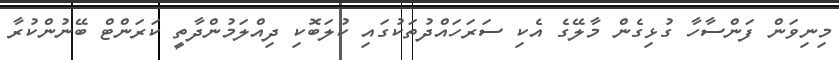
މިނިވަން ފަންސާހާ ގުޅިގެން މާލޭގެ އެކި ސަރަހައްދުތަކުގައި ކުލަބޮކި ދިއްލަމުންދާތީ ކަރަންޓް ބޭނުންކުރާ